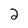
Character: 2